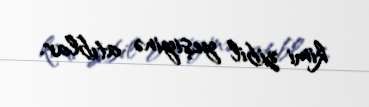
kimi zibil yeşiyinə atıblar.